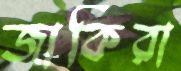
জাকিরা